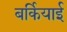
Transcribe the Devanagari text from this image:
बर्कियाई